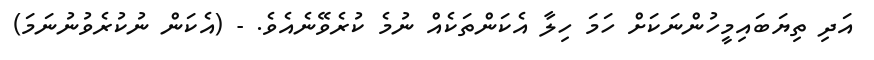
އަދި ތިޔަބައިމީހުންނަކަށް ހަމަ ހިލާ އެކަންތަކެއް ނުމެ ކުރެވޭނެއެވެ. - (އެކަން ނުކުރެވުނުނަމަ)